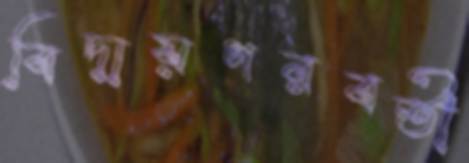
বিদায়পরবর্তী